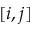
[ i , j ]